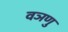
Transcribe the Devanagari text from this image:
वञणु